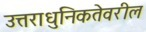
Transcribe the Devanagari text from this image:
उत्तराधुनिकतेवरील